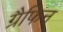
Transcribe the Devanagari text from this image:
ग्रैफिन